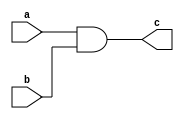
`timescale 1ns / 1ps
//////////////////////////////////////////////////////////////////////////////////
// Company: 
// Engineer: 
// 
// Design Name: 
// Module Name:    and_gate 
// Project Name: 
// Target Devices: 
// Tool versions: 
// Description: 
//
// Dependencies: 
//
// Revision: 
// Revision 0.01 - File Created
// Additional Comments: 
//
//////////////////////////////////////////////////////////////////////////////////
module and_gate(
    input a,b,
    output c
    );

assign c = a&b;

endmodule